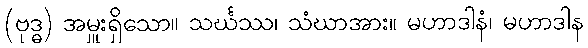
(ဗုဒ္ဓ) အမှူးရှိသော။ သင်္ဃဿ၊ သံဃာအား။ မဟာဒါနံ၊ မဟာဒါန